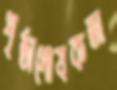
পৃষ্ঠাপোষকতা